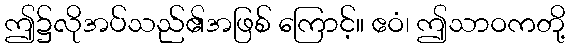
ဤ၌လိုအပ်သည်၏အဖြစ် ကြောင့်။ ဧဝံ၊ ဤသာဝကတို့